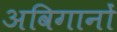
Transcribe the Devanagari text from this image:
अविगानों